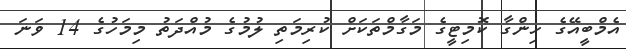
އެމްބީއޭގެ ހިންގާ ކޮމިޓީގެ މަގާމްތަކަށް ކުރިމަތި ލުމުގެ މުއްދަތު މިމަހުގެ 14 ވަނަ